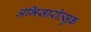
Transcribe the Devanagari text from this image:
अभिसारोत्सुक